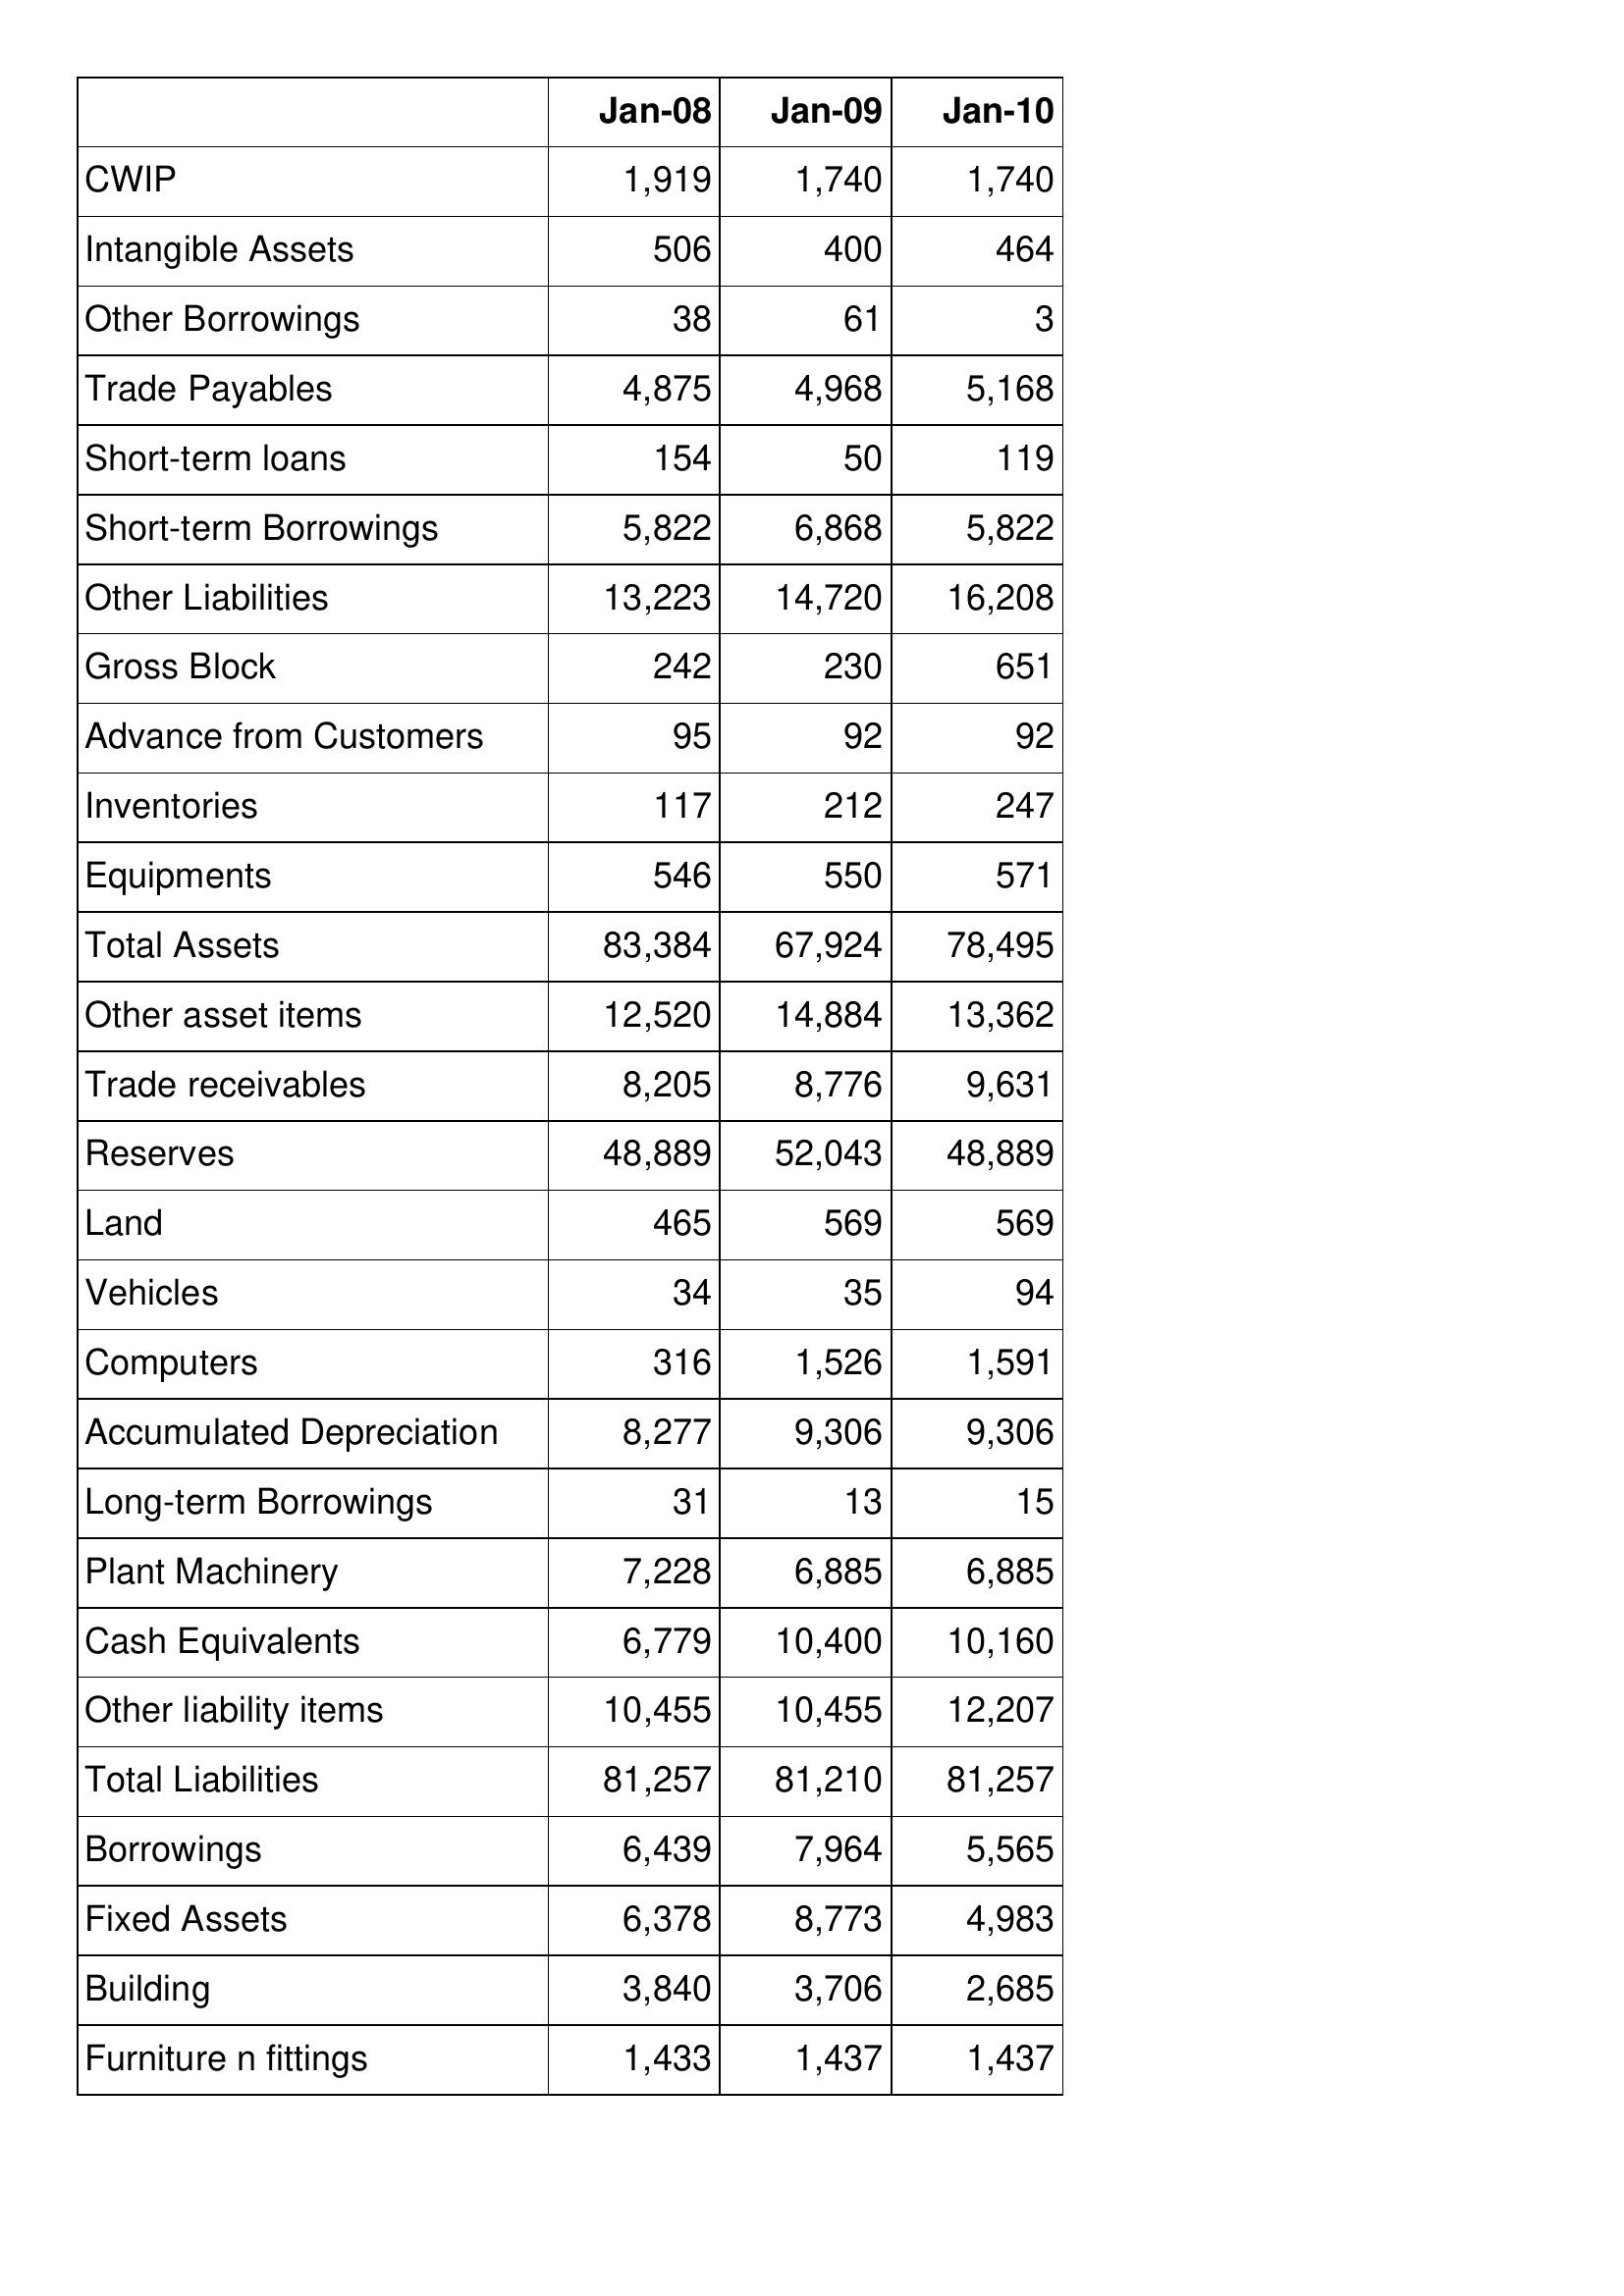
Jan-08: Balance Sheet: CWIP: 1,919
Intangible Assets: 506
Other Borrowings: 38
Trade Payables: 4,875
Short-term loans: 154
Short-term Borrowings: 5,822
Other Liabilities: 13,223
Gross Block: 242
Advance from Customers: 95
Inventories: 117
Equipments: 546
Total Assets: 83,384
Other asset items: 12,520
Trade receivables: 8,205
Reserves: 48,889
Land: 465
Vehicles: 34
Computers: 316
Accumulated Depreciation: 8,277
Long-term Borrowings: 31
Plant Machinery: 7,228
Cash Equivalents: 6,779
Other liability items: 10,455
Total Liabilities: 81,257
Borrowings: 6,439
Fixed Assets: 6,378
Building: 3,840
Furniture n fittings: 1,433
Jan-09: Balance Sheet: CWIP: 1,740
Intangible Assets: 400
Other Borrowings: 61
Trade Payables: 4,968
Short-term loans: 50
Short-term Borrowings: 6,868
Other Liabilities: 14,720
Gross Block: 230
Advance from Customers: 92
Inventories: 212
Equipments: 550
Total Assets: 67,924
Other asset items: 14,884
Trade receivables: 8,776
Reserves: 52,043
Land: 569
Vehicles: 35
Computers: 1,526
Accumulated Depreciation: 9,306
Long-term Borrowings: 13
Plant Machinery: 6,885
Cash Equivalents: 10,400
Other liability items: 10,455
Total Liabilities: 81,210
Borrowings: 7,964
Fixed Assets: 8,773
Building: 3,706
Furniture n fittings: 1,437
Jan-10: Balance Sheet: CWIP: 1,740
Intangible Assets: 464
Other Borrowings: 3
Trade Payables: 5,168
Short-term loans: 119
Short-term Borrowings: 5,822
Other Liabilities: 16,208
Gross Block: 651
Advance from Customers: 92
Inventories: 247
Equipments: 571
Total Assets: 78,495
Other asset items: 13,362
Trade receivables: 9,631
Reserves: 48,889
Land: 569
Vehicles: 94
Computers: 1,591
Accumulated Depreciation: 9,306
Long-term Borrowings: 15
Plant Machinery: 6,885
Cash Equivalents: 10,160
Other liability items: 12,207
Total Liabilities: 81,257
Borrowings: 5,565
Fixed Assets: 4,983
Building: 2,685
Furniture n fittings: 1,437